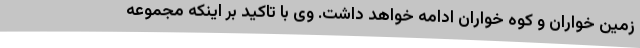
زمین خواران و کوه خواران ادامه خواهد داشت. وی با تاکید بر اینکه مجموعه